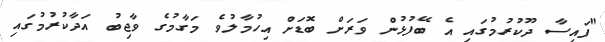
"ފައިސާ ދޫކުރުމުގައި އެ ބޭފުޅުން ވަރަށް ބޮޑަށް އިހުމާލުވެ މަގާމުގެ ވާޖިބު އަދާކުރުމުގައި